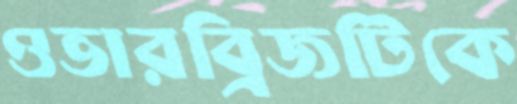
ওভারব্রিজটিকে